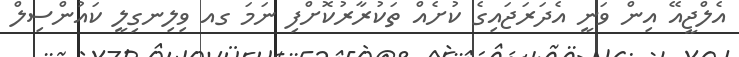
އެލްޖީއޭ އިން ވަނީ އެދަރަޖައިގެ ކުށެއް ތަކުރާރުކޮށްފި ނަމަ ގއ ވިލިނގިލީ ކައުންސިލް